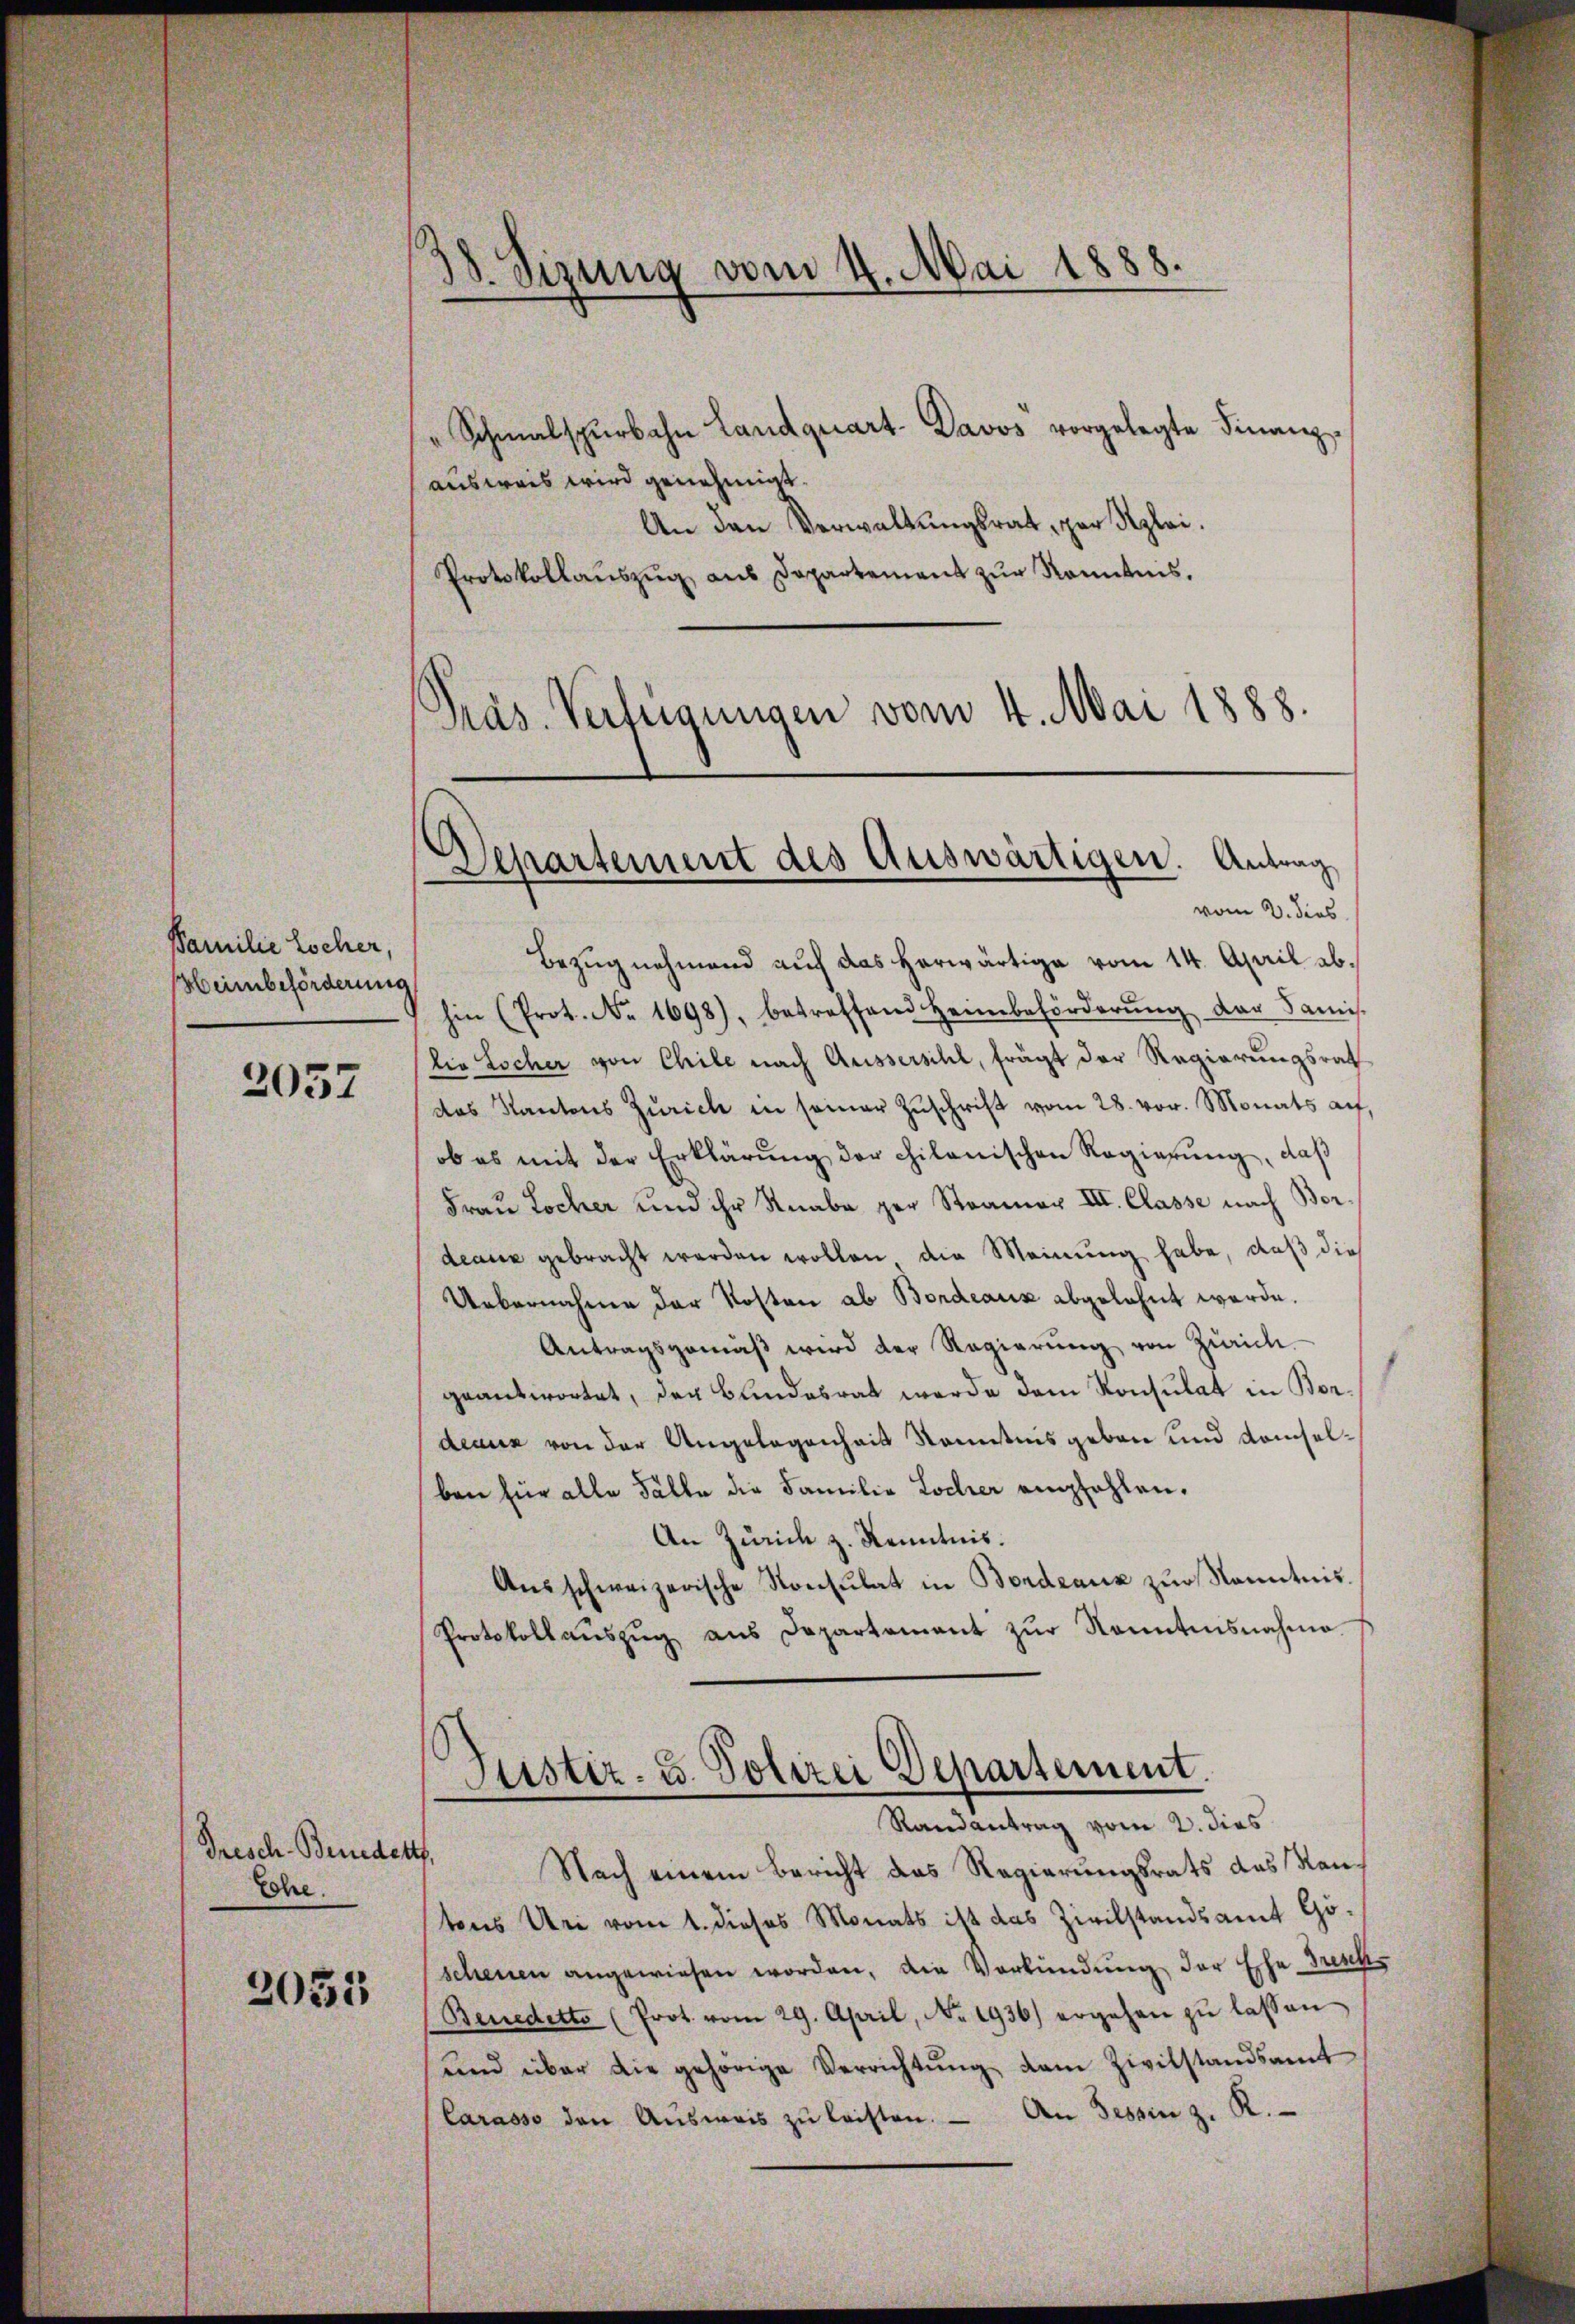
Familie Locher,
Heimbeförderung

2057

Gresch. Benedelt,
Lohe.

2055

38. Sizung vom 4. Mai 1888.

" Schmalspurbahn Landquart-Davos vorgelegte Finanzausweis wird genehmigt.
An den Verwaltungsrat, par Klei¬
Protokollaŭszŭg aŭs Departement zŭr Kenntnis.
Präs. Verlegungen vom 4. Mai 1888.

Bezug nehmend auf das herwärtige vom 14. April abhin (Prot. No. 1698), betreffend Heimbeförderŭng der Samis-
lie Locher von Chile nach Aussersihl, frägt der Regierungsrath
das Kantons Zürich in seiner Zŭschrift vom 28. vor. Monats auf,
ob es mit der Erklärŭng der philonischen Regierŭng, daß
Frau Locher und ihr Knabe zur Stramar III. Classe nach Bordeaus gebracht werden wollen die Meinung habe, daß die
Uebernahme der Kosten ab Bordeaus abgelehnt werde.
Antragsgemäβ wird der Regierŭng von Zürich
geantwortet, der Bundesrat werde dem Konsulat in Bor-
deaux von der Angelegenheit Kenntnisgeben und demselben für alle Fälle die Familie Locher empfahlen.
An Zürich z. Kenntnis.
Aŭsschweizerische Konsulat in Bordeaux zŭr Kenntnis.
Protokollaŭszŭg aŭs Departement zŭr Kenntnisnahme.

Departement des Auswärtigen. Antrag
vom 2. dies

Stistiz- u. Polizei Departement.
Randantrag vom 2. dies
Nach einem Bericht das Regierungsrats das Kan¬

tous Uri vom 1. dieses Monats ist das Zivilstandsamt Göscheuen angewiesen worden, die Verkündung der Ehe Tresk
Benedetto (Prot. vom 29. April, No. 1936) ergehen zŭ lassen
ŭnd über die gehörige Verrichtŭng dem Zivilstandsamt
Carasso den Aŭsweis zŭ leisten. - An Tessin z. R.